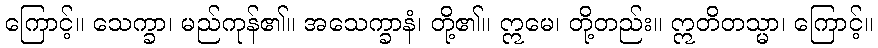
ကြောင့်။ သေက္ခာ၊ မည်ကုန်၏။ အသေက္ခာနံ၊ တို့၏။ ဣမေ၊ တို့တည်း။ ဣတိတသ္မာ၊ ကြောင့်။